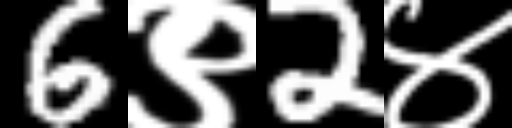
Text: 6९2४